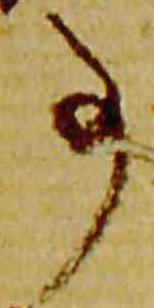
事